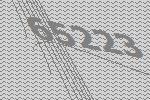
65223